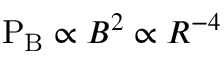
\mathrm { P _ { B } } \propto B ^ { 2 } \propto R ^ { - 4 }